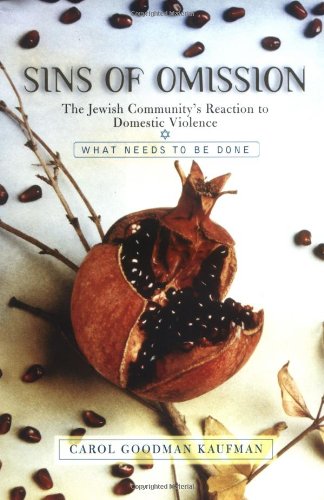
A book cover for Sins Of Omission: The Jewish Community's Reaction To Domestic Violence; Carol Goodman Kaufman; Religion & Spirituality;